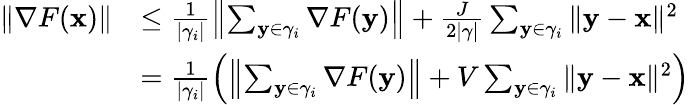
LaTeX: \begin{array}{rl}{\| \nabla F({\mathbf x})\| }&{\le\frac{1}{|\gamma_{i}|}\left\| \sum_{\mathbf{y}\in\gamma_{i}}\nabla F(\mathbf{y})\right\| +\frac{J}{2|\gamma|}\sum_{\mathbf{y}\in\gamma_{i}}\| \mathbf{y}-{\mathbf x}\| ^{2}}\\ &{=\frac{1}{|\gamma_{i}|}\left(\left\| \sum_{\mathbf{y}\in\gamma_{i}}\nabla F(\mathbf{y})\right\| +V\sum_{\mathbf{y}\in\gamma_{i}}\| \mathbf{y}-{\mathbf x}\| ^{2}\right)}\end{array}